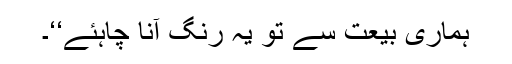
ہماری بیعت سے تو یہ رنگ آنا چاہئے‘‘۔